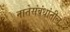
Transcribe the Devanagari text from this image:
नातेसंबंधांतील